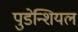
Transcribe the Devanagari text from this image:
पुडेन्शियल